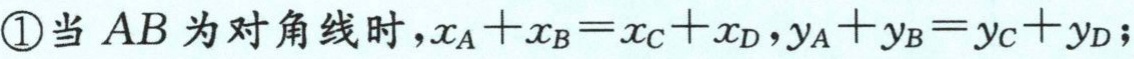
\textcircled{1}当 \(AB\) 为对角线时，\(x_A + x_B = x_C + x_D\)，\(y_A + y_B = y_C + y_D\)；